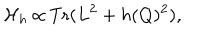
{ \cal H } _ { h } \thinspace { \propto } \thinspace \mathrm { T r } ( L ^ { 2 } + h ( Q ) ^ { 2 } ) ,